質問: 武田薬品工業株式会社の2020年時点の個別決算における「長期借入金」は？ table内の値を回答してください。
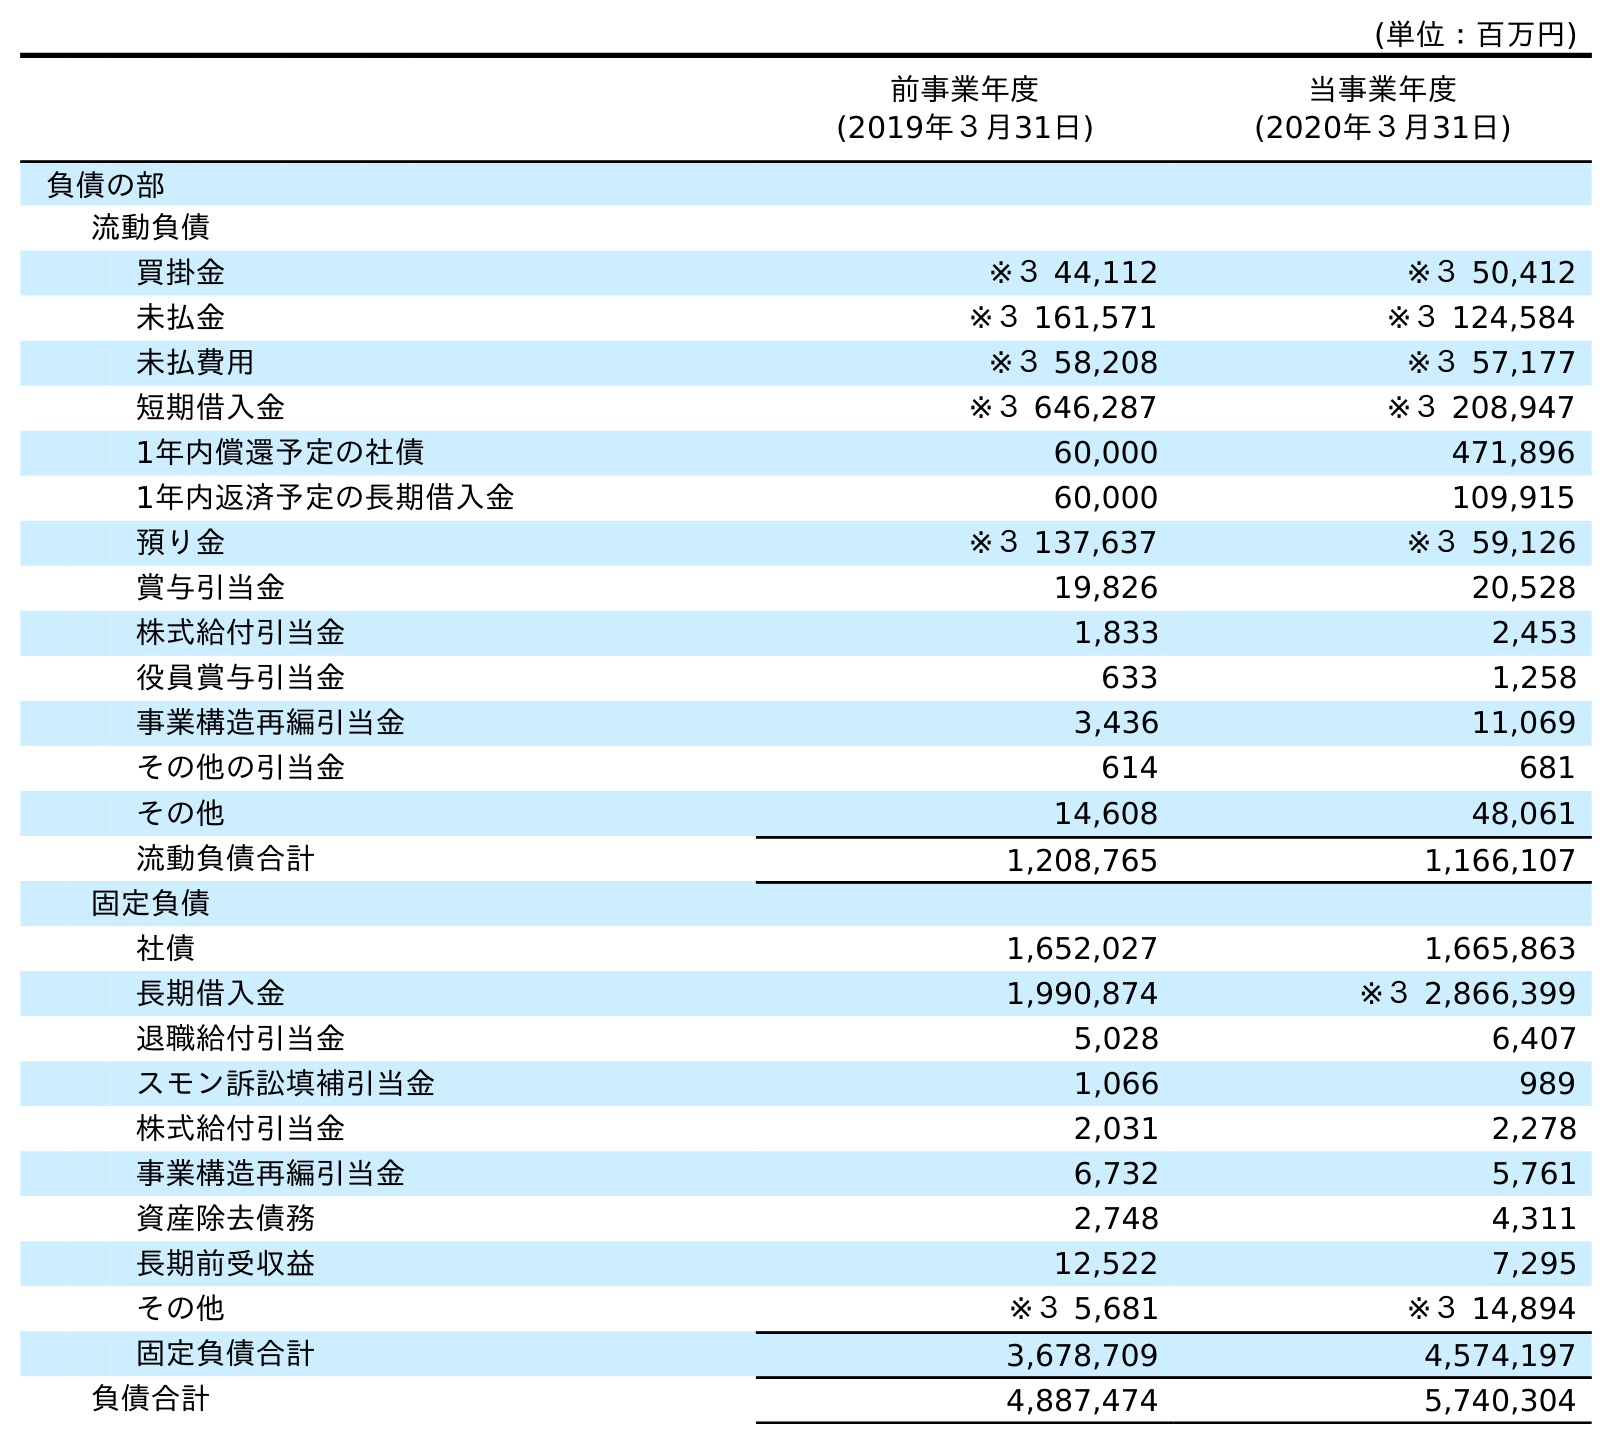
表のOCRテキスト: (単位：百万円) 前事業年度 (2019年３月31日) 当事業年度 (2020年３月31日) 負債の部 流動負債 買掛金 ※３ 44,112 ※３ 50,412 未払金 ※３ 161,571 ※３ 124,584 未払費用 ※３ 58,208 ※３ 57,177 短期借入金 ※３ 646,287 ※３ 208,947 1年内償還予定の社債 60,000 471,896 1年内返済予定の長期借入金 60,000 109,915 預り金 ※３ 137,637 ※３ 59,126 賞与引当金 19,826 20,528 株式給付引当金 1,833 2,453 役員賞与引当金 633 1,258 事業構造再編引当金 3,436 11,069 その他の引当金 614 681 その他 14,608 48,061 流動負債合計 1,208,765 1,166,107 固定負債 社債 1,652,027 1,665,863 長期借入金 1,990,874 ※３ 2,866,399 退職給付引当金 5,028 6,407 スモン訴訟填補引当金 1,066 989 株式給付引当金 2,031 2,278 事業構造再編引当金 6,732 5,761 資産除去債務 2,748 4,311 長期前受収益 12,522 7,295 その他 ※３ 5,681 ※３ 14,894 固定負債合計 3,678,709 4,574,197 負債合計 4,887,474 5,740,304
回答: ※３2,866,399